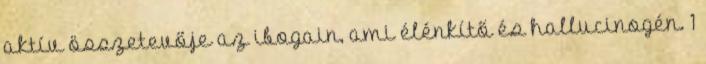
aktív összetevője az ibogain, ami élénkítő és hallucinogén. 1